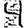
Digit: 4